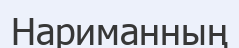
Нариманның